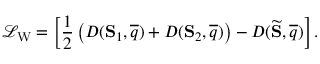
\mathcal { L } _ { \mathrm { W } } = \left[ \frac { 1 } { 2 } \left( D ( \mathbf { S } _ { 1 } , \overline { { q } } ) + D ( \mathbf { S } _ { 2 } , \overline { { q } } ) \right) - D ( \widetilde { \mathbf { S } } , \overline { { q } } ) \right] .